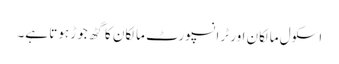
اسکول مالکان اور ٹرانسپورٹ مالکان کا گٹھ جوڑ ہوتا ہے۔